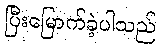
ပြီးမြောက်ခဲ့ပါသည်